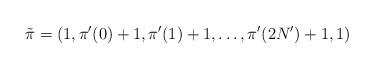
LaTeX: \begin{align*} \tilde{\pi}=(1,\pi'(0)+1,\pi'(1)+1,\ldots,\pi'(2N')+1,1) \end{align*}